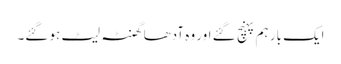
ایک بار ہم پہنچ گئے اور وہ آدھا گھنٹہ لیٹ ہو گئے۔